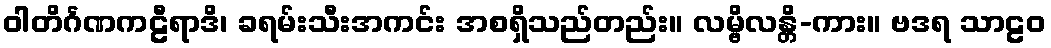
ဝါတိင်္ဂဏကဠီရာဒိ၊ ခရမ်းသီးအကင်း အစရှိသည်တည်း။ လမ္ဗိလန္တိ-ကား။ ဗဒရ သာဠဝ